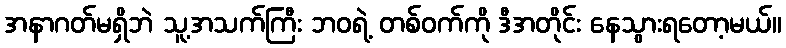
အနာဂတ်မရှိဘဲ သူ့အသက်ကြီး ဘဝရဲ့ တစ်ဝက်ကို ဒီအတိုင်း နေသွားရတော့မယ်။